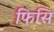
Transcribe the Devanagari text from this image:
फिसि